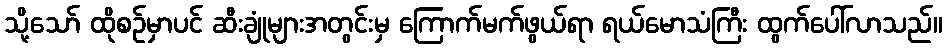
သို့သော် ထိုစဉ်မှာပင် ဆီးချုံများအတွင်းမှ ကြောက်မက်ဖွယ်ရာ ရယ်မောသံကြီး ထွက်ပေါ်လာသည်။